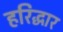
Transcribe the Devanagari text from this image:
हरिद्धार